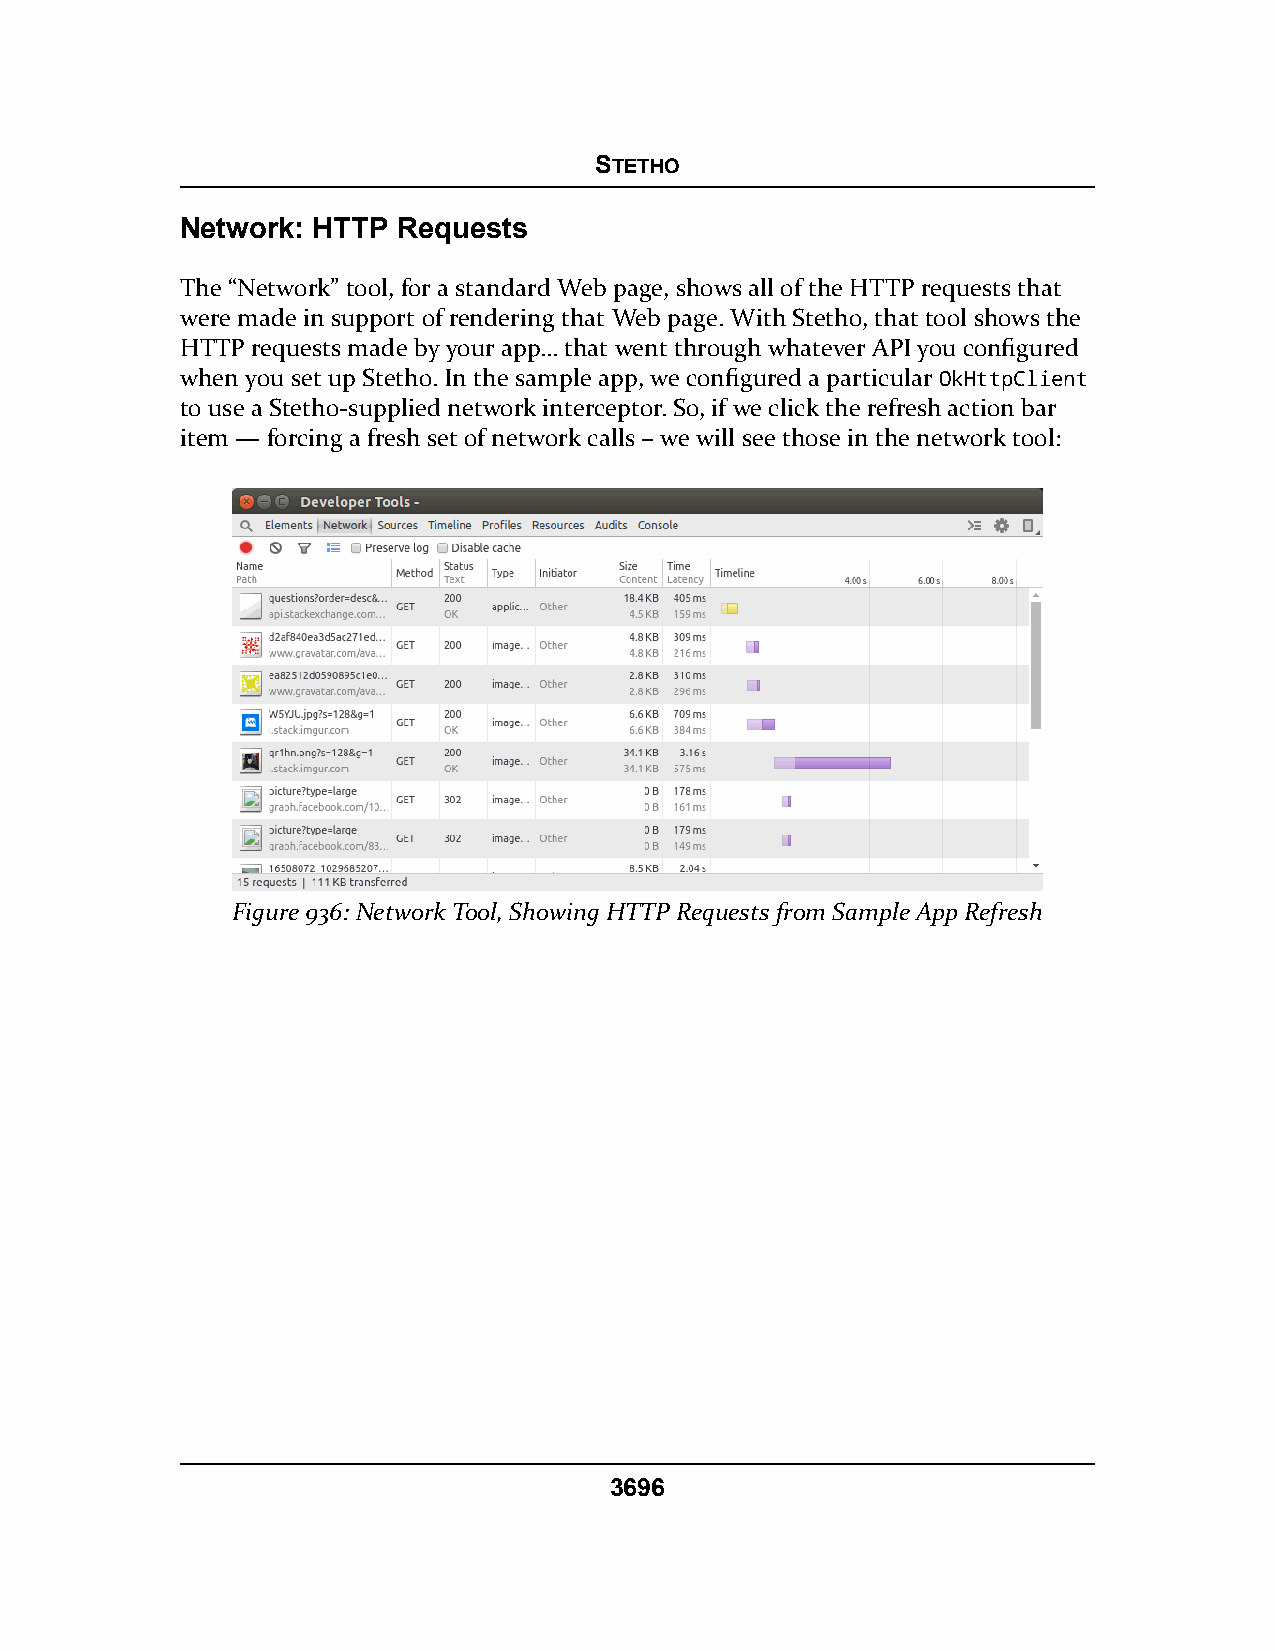
STETHO
 Network: HTTP Requests
 The “Network” tool, for a standard Web page, shows all of the HTTP requests that
 were made in support of rendering that Web page. With Stetho, that tool shows the
 HTTP requests made by your app… that went through whatever API you configured
 when you set up Stetho. In the sample app, we configured a particular OkHttpClient
 to use a Stetho-supplied network interceptor. So, if we click the refresh action bar
 item — forcing a fresh set of network calls – we will see those in the network tool:
 Figure 936: Network Tool, Showing HTTP Requests from Sample App Refresh
 3696